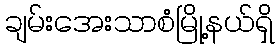
ချမ်းအေးသာစံမြို့နယ်ရှိ